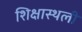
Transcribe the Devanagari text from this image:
शिक्षास्थली